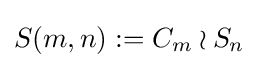
S(m,n):=C_{m}\wr S_{n}